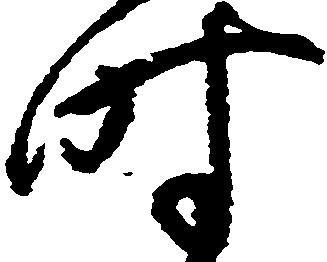
時